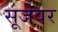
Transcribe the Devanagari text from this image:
सूजेवर